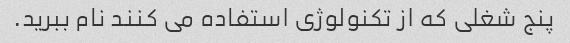
پنج شغلی که از تکنولوژی استفاده می کنند نام ببرید.